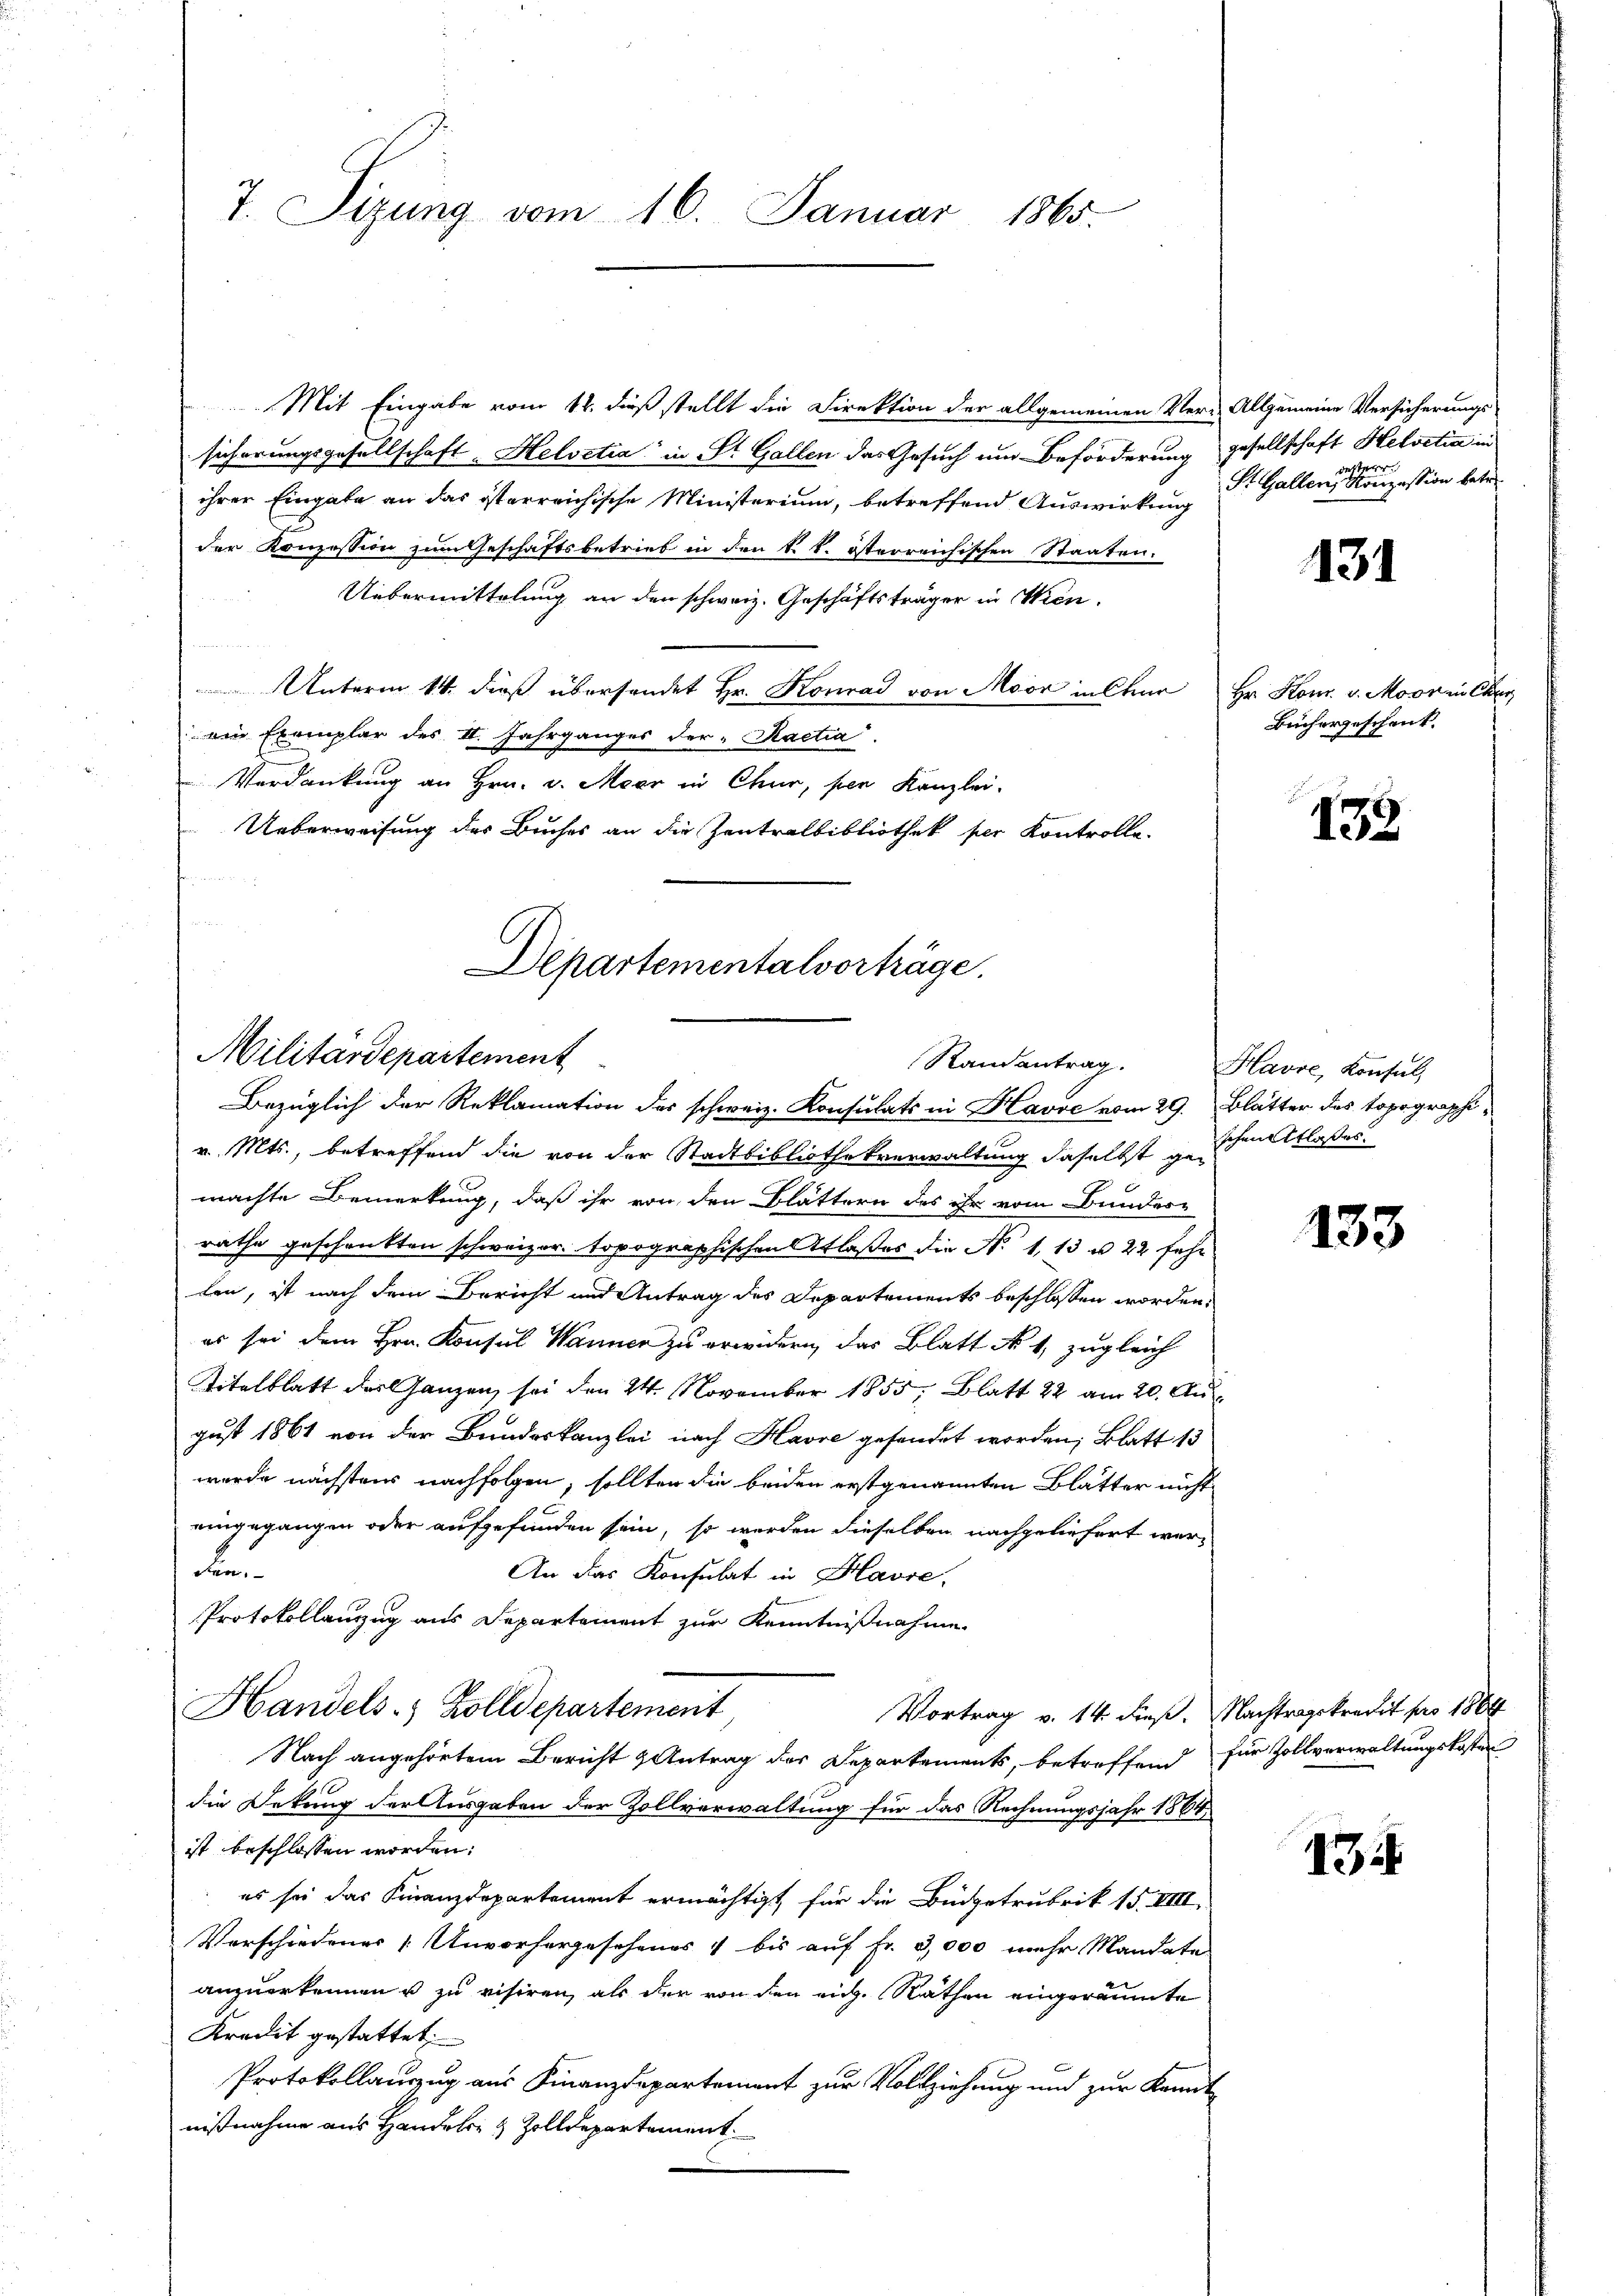
7. Sigung vom 16. Januar 1865.

Mit Eingabe vom 12. dieß stellt die Direktion der allgemeinen Ver-Allgemeine Versicherungs
sicherungsgesellschaft, Helvetia" in Dr. Gallen das Gesuch um Beförderung gesellschaft Helvetia in
ihrer Eingabe an das österreichische Ministerium, betreffend Auswirkung Dr. Gallen eine anzession betr
der Konzession zum Geschäftsbetrieb in den k. k. österreichischen Staaten.
Uebermittelung an den schweiz. Geschäftsträger in Wien.
Unterm 14. dieß übersendet Hr. Konrad von Moor in Chur
ein Exemplar des I. Jahrganges der "Kactia.
Verdankung an Hrn. v. Meer in Chur, sen Kanzlei.
Ueberweisung der Buches an die Zentralbibliothek per Kontrolle.

Departementalvorträge.
Militärdepartement
Randantrag.
Bezüglich der Reklamation des schweiz. Konsulats in Havre vom 29. Blätter des topographi¬

v. Mts., betreffend die von der Stadtbibliothekverwaltung daselbst geschmittlasses
machte Bemerkung, daß ihr von den Blättern des ihr vom Bunder-
rathe geschenkten schweizer. topographischen Atlaßes die No 1, 13 u. 22 sehr
len, ist nach dem Bericht und Antrag des Departements beschlossen worden.
es sei dem Hrn. Konsul Wanner zu erwidern, das Blatt No 1, zugleich
Titelblatt des Ganzen, sei den 24. November 1855, Blatt 22 am 20. Au
gust 1861 von der Bundeskanzlei nach Havre gesendet worden; Blatt 13
wurde nächstens nachfolgen, sollten die beiden erstgenannten Blätter nicht
uingegangen oder aufgefunden sein, so werden dieselben nachgeliefert weren.
An das Konsulat in Havre,
Protokollanzug aus Departement zur Kenntnißnahme
Handels. Zolldepartement
Vortrag v. 14. dieß. Nachtragskredit pro 1864
Nach angehörtem Bericht & Antrag der Departements, betreffend für Zollverwaltungskosten
die Dekung der Ausgaben der Zollverwaltung für das Rechnungsjahr 1864
ist beschlossen worden:
es sei das Finanzdepartement ermächtigt, für die Büdgetrubrik 15. VIII
Verschiedener [Unvorhergesehenes & bis auf Fr. 3,000 mehr Mandate
anzuerkennen u zu visiren, als der von den rich. Räthen eingeräumte
Kredit gestattet.
Protokollauszug aus Finanzdepartement zur Vollziehung und zur Konnt
nisnahme aus Handere & Zolldepartement.

131

Hr. Kom. v. Moor in Chur
Büchergeschenk.

139

Havre, Konsuls

133

431